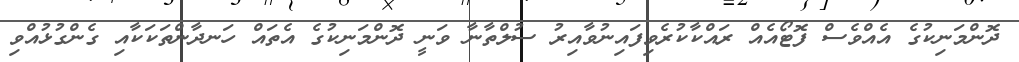
ދޮންމަނިކުގެ އެއްވެސް ފޮޓޯއެއް ރައްކާކުރެވިފައިނުވާއިރު ސުލްތާނާ ވަނީ ދޮންމަނިކުގެ އެތައް ހަނދާންތަކަކާއި ގެންގުޅުއްވި